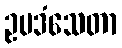
ဥပဒံသေတာ